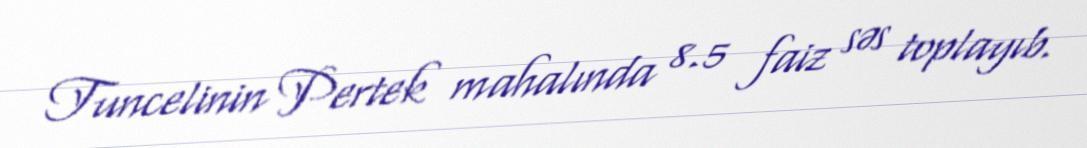
Tuncelinin Pertek mahalında 8.5 faiz səs toplayıb.